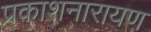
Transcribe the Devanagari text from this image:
प्रकाशनारायण